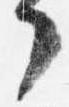
了